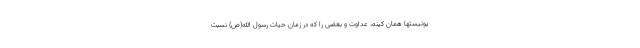
یونیستها همان کینه، عداوت و بغضی را که در زمان حیات رسول الله(ص) نسبت